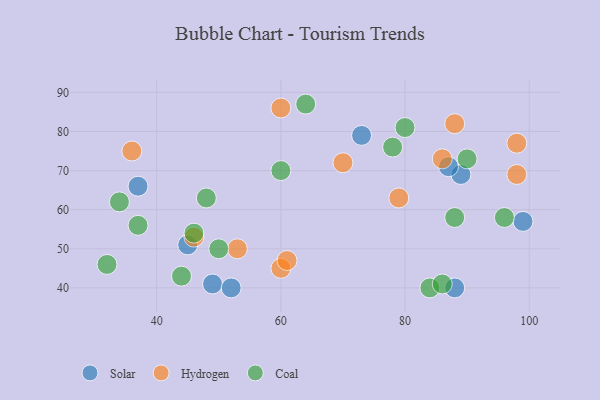
{"axis": {"x": "GDP", "y": "Life Expectancy"}, "legend": ["Coal", "Hydrogen", "Solar"], "data": [{"x": "49", "y": 41, "type": "Solar"}, {"x": "52", "y": 40, "type": "Solar"}, {"x": "37", "y": 66, "type": "Solar"}, {"x": "89", "y": 69, "type": "Solar"}, {"x": "87", "y": 71, "type": "Solar"}, {"x": "88", "y": 40, "type": "Solar"}, {"x": "99", "y": 57, "type": "Solar"}, {"x": "73", "y": 79, "type": "Solar"}, {"x": "45", "y": 51, "type": "Solar"}, {"x": "98", "y": 69, "type": "Hydrogen"}, {"x": "60", "y": 45, "type": "Hydrogen"}, {"x": "98", "y": 77, "type": "Hydrogen"}, {"x": "79", "y": 63, "type": "Hydrogen"}, {"x": "46", "y": 53, "type": "Hydrogen"}, {"x": "70", "y": 72, "type": "Hydrogen"}, {"x": "86", "y": 73, "type": "Hydrogen"}, {"x": "61", "y": 47, "type": "Hydrogen"}, {"x": "53", "y": 50, "type": "Hydrogen"}, {"x": "60", "y": 86, "type": "Hydrogen"}, {"x": "88", "y": 82, "type": "Hydrogen"}, {"x": "36", "y": 75, "type": "Hydrogen"}, {"x": "46", "y": 54, "type": "Coal"}, {"x": "96", "y": 58, "type": "Coal"}, {"x": "84", "y": 40, "type": "Coal"}, {"x": "60", "y": 70, "type": "Coal"}, {"x": "32", "y": 46, "type": "Coal"}, {"x": "88", "y": 58, "type": "Coal"}, {"x": "50", "y": 50, "type": "Coal"}, {"x": "90", "y": 73, "type": "Coal"}, {"x": "86", "y": 41, "type": "Coal"}, {"x": "37", "y": 56, "type": "Coal"}, {"x": "34", "y": 62, "type": "Coal"}, {"x": "48", "y": 63, "type": "Coal"}, {"x": "64", "y": 87, "type": "Coal"}, {"x": "78", "y": 76, "type": "Coal"}, {"x": "44", "y": 43, "type": "Coal"}, {"x": "80", "y": 81, "type": "Coal"}]}